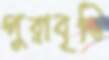
পুরাবৃত্তি